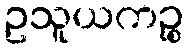
ဥသူယကဉ္စ